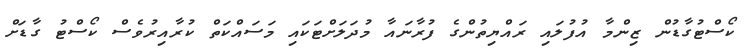
ކޯސްޓުގާޑުން ޒިންމާ އުފުލައި ރައްޔިތުންގެ ފުރާނައާ މުދަލަށްޓަކައި މަސައްކަތް ކުރާއިރުވެސް ކޯސްޓު ގާޑަށް